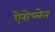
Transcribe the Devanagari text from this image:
ऐरोप्लेन